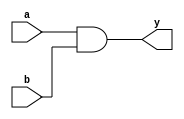
module and_gate(
    //Input and Output Parameters
    input wire a,
    input wire b,
    output wire y
);

//and gate function
assign y = a & b;

endmodule